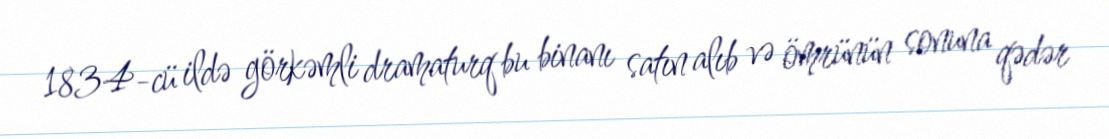
1834-cü ildə görkəmli dramaturq bu binanı satın alıb və ömrünün sonuna qədər